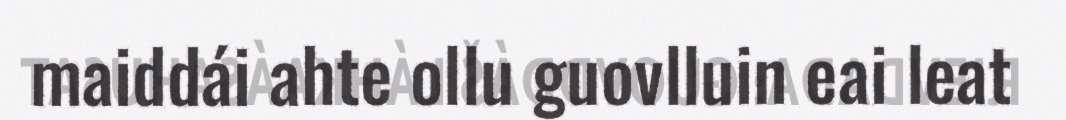
maiddái ahte ollu guovlluin eai leat